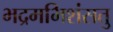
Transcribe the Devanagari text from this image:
भद्रमभिशंसतु